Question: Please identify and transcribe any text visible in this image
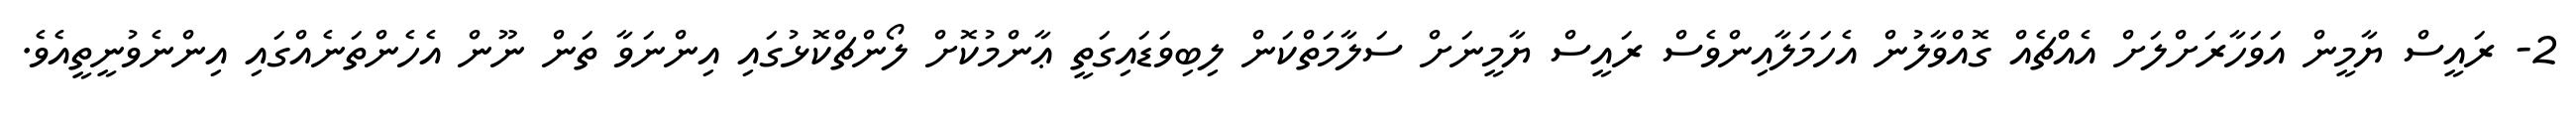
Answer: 2- ރައީސް ޔާމީން އަވަހާރަށްލަށް އެއްޗެއް ގޮއްވާލުން އެހަމަލާއިންވެސް ރައީސް ޔާމީނަށް ސަލާމަތްކަން ލިބިވަޑައިގަތީ ޢާންމުކޮށް ލޯންޗްކޮޅުގައި އިންނަވާ ތަން ނޫން އެހެންތަނެއްގައި އިންނެވުނީތީއެވެ.